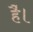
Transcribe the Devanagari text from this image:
है॑।